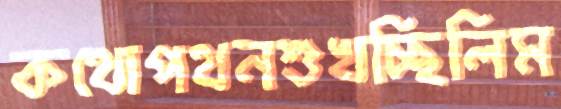
কথোপথনশুখচ্ছিলিম